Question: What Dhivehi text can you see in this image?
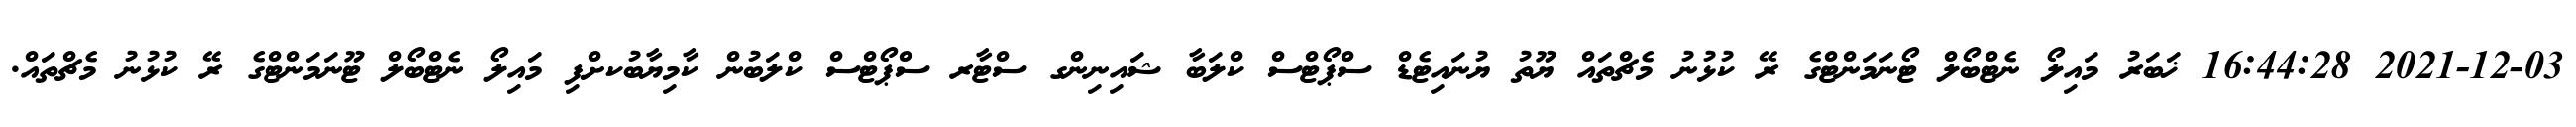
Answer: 2021-12-03 16:44:28 ޚަބަރު މައިލޯ ނެޓްބޯލް ޓޯނަމަންޓްގެ ރޭ ކުޅުނު މެޗްތައް ޔޫތު ޔުނައިޓެޑް ސްޕޯޓްސް ކްލަބާ ޝައިނިންގ ސްޓާރ ސްޕޯޓްސް ކްލަބުން ކާމިޔާބުކށްފި މައިލޯ ނެޓްބޯލް ޓޫނަމަންޓްގެ ރޭ ކުޅުނު މެޗްތައް.